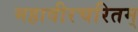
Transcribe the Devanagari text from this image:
महावीरचरितम्